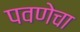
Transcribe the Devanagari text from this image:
पवणेचा